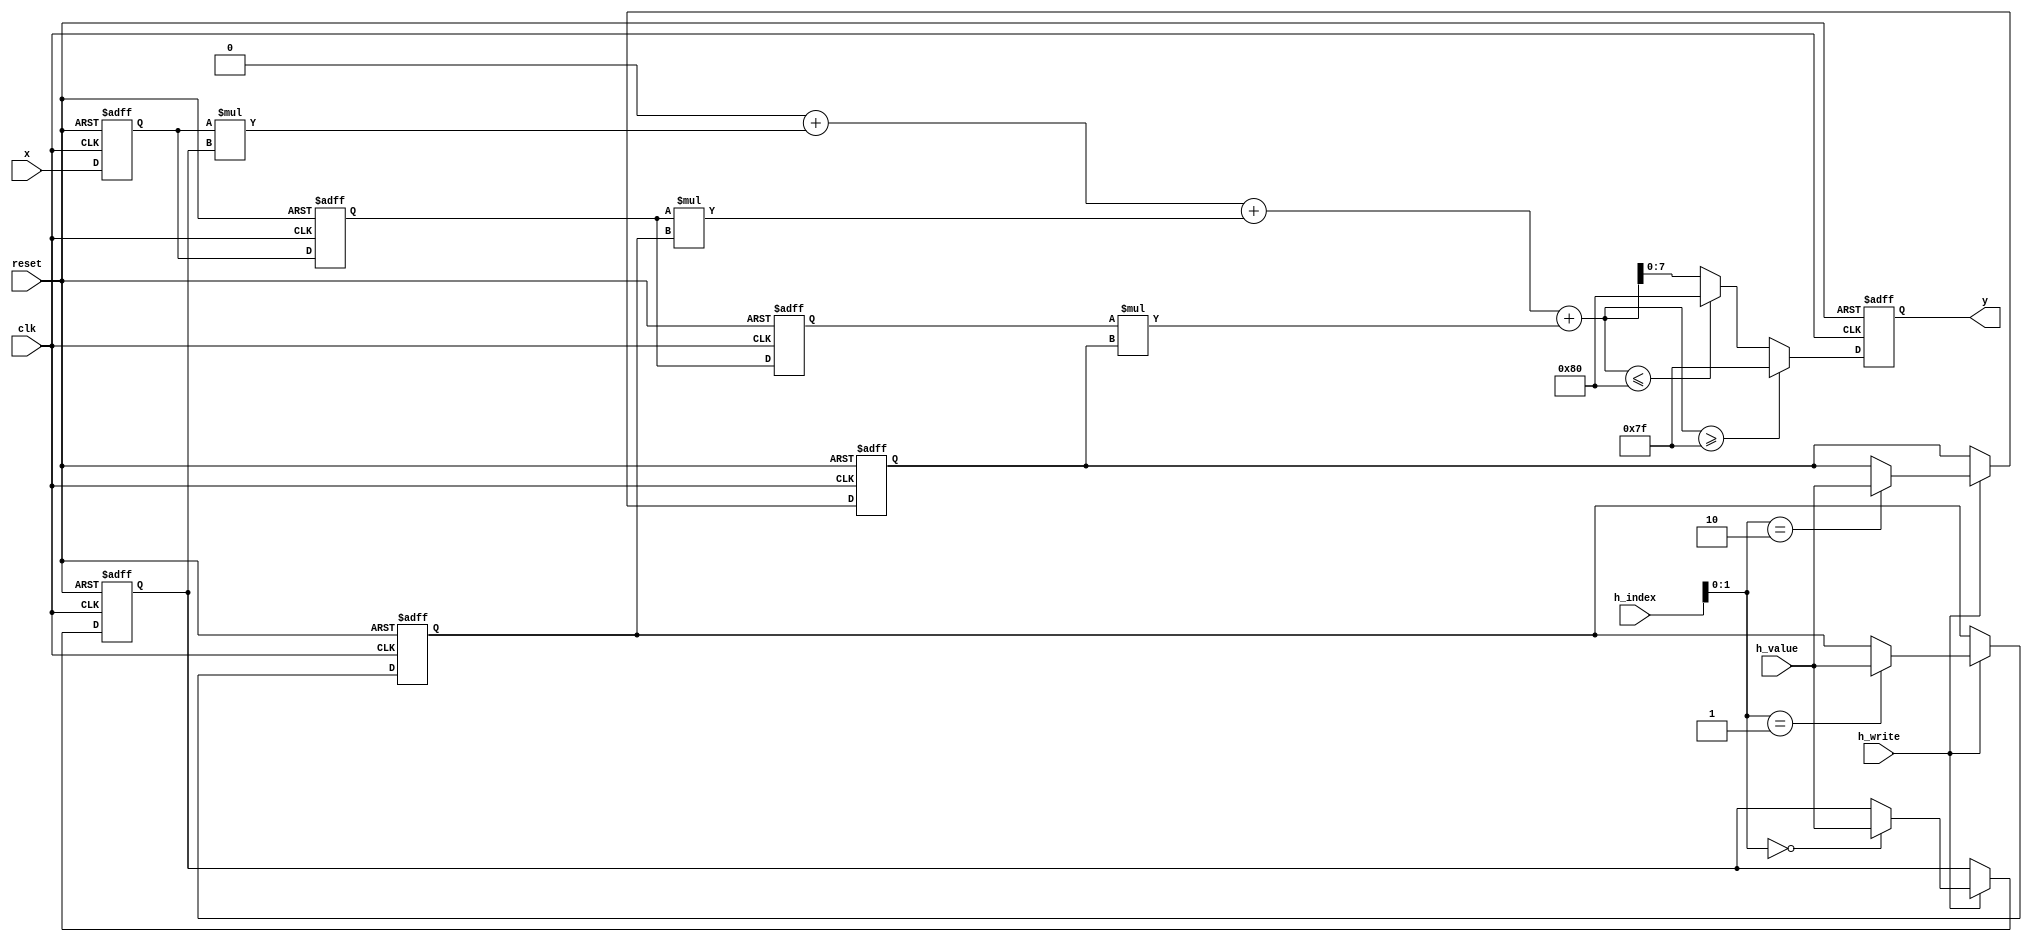
`timescale 1ns / 1ps
//////////////////////////////////////////////////////////////////////////////////
//
// Company: Seoultech
// 
// Module Name: tb_CausalConv
// 
//////////////////////////////////////////////////////////////////////////////////


module Simple1DConv(
    input clk,
    input reset,
    input wire signed [7:0] x,
    output reg signed [7:0] y,
    
    input h_write,
    input [3:0] h_index,
    input [7:0] h_value
    );
    parameter integer KERNEL_SIZE = 3;
    integer i;
    
    reg signed [7:0] x_delay[0:KERNEL_SIZE-1];
    reg signed [7:0] h[0:KERNEL_SIZE-1];
    
    reg signed [15:0] sum;
    reg signed [15:0] mul[0:KERNEL_SIZE-1];
    
    always @ (posedge clk or posedge reset) begin
        if(reset) begin
            for(i=0; i<KERNEL_SIZE; i=i+1) begin
                x_delay[i] <= 8'd0;
            end

        end
        
        else begin
            for(i=1; i<KERNEL_SIZE; i=i+1) begin
                x_delay[i] <= x_delay[i-1];
            end
            x_delay[0] <= x; 
        end
    end
    
    always @ (posedge clk or posedge reset) begin // filter coef.
        if(reset) begin
            for(i=0; i<KERNEL_SIZE; i=i+1) begin
                h[i] <= 8'd1 + i;
            end
        end
        
        else begin
            if(h_write == 1) begin
                h[h_index] <= h_value;
            end
        end
    end
    
    always @ (*) begin // weighted sum
        for(i=0; i<KERNEL_SIZE; i=i+1) begin
            mul[i] = x_delay[i] * h[i];
        end
        sum = 0;
        for(i=0; i<KERNEL_SIZE; i=i+1) begin
            sum = sum + mul[i];
        end
    end
    
    always @ (posedge clk or posedge reset) begin
        if(reset) begin
            y <= 0;
        end
        else begin
            if(sum >= 127) begin
                y <= 8'd127;
            end
        
        else if(sum <=-128) begin
                y <= -8'd128;
            end
        else begin
                y <= sum[7:0];
            end                
        end
    end
endmodule